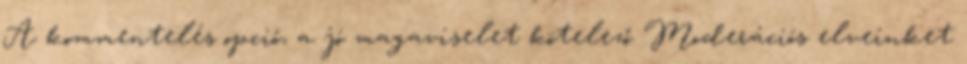
A kommentelés opció, a jó magaviselet kötelező Moderációs elveinket